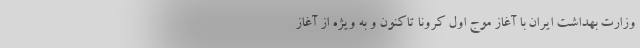
وزارت بهداشت ایران با آغاز موج اول کرونا تاکنون و به ویژه از آغاز